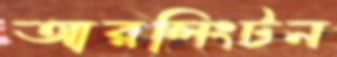
আরলিংটন